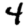
Digit: 4